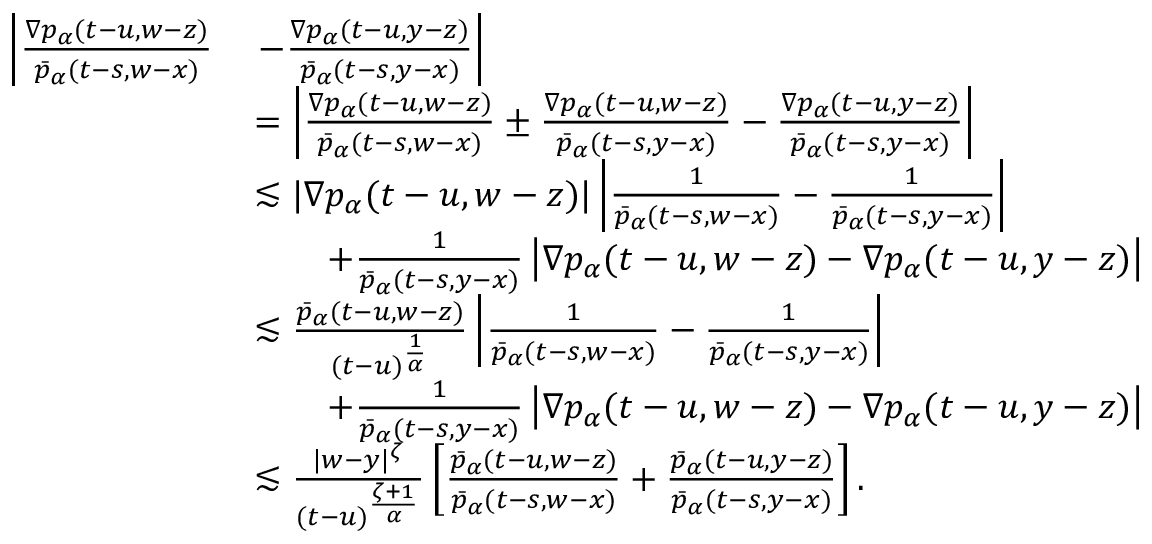
\begin{array} { r l } { \left| \frac { \nabla p _ { \alpha } ( t - u , w - z ) } { \bar { p } _ { \alpha } ( t - s , w - x ) } \right. } & { \left. - \frac { \nabla p _ { \alpha } ( t - u , y - z ) } { \bar { p } _ { \alpha } ( t - s , y - x ) } \right| } \\ & { = \left| \frac { \nabla p _ { \alpha } ( t - u , w - z ) } { \bar { p } _ { \alpha } ( t - s , w - x ) } \pm \frac { \nabla p _ { \alpha } ( t - u , w - z ) } { \bar { p } _ { \alpha } ( t - s , y - x ) } - \frac { \nabla p _ { \alpha } ( t - u , y - z ) } { \bar { p } _ { \alpha } ( t - s , y - x ) } \right| } \\ & { \lesssim | \nabla p _ { \alpha } ( t - u , w - z ) | \left| \frac { 1 } { \bar { p } _ { \alpha } ( t - s , w - x ) } - \frac { 1 } { \bar { p } _ { \alpha } ( t - s , y - x ) } \right| } \\ & { \qquad + \frac { 1 } { \bar { p } _ { \alpha } ( t - s , y - x ) } \left| \nabla p _ { \alpha } ( t - u , w - z ) - \nabla p _ { \alpha } ( t - u , y - z ) \right| } \\ & { \lesssim \frac { \bar { p } _ { \alpha } ( t - u , w - z ) } { ( t - u ) ^ { \frac { 1 } { \alpha } } } \left| \frac { 1 } { \bar { p } _ { \alpha } ( t - s , w - x ) } - \frac { 1 } { \bar { p } _ { \alpha } ( t - s , y - x ) } \right| } \\ & { \qquad + \frac { 1 } { \bar { p } _ { \alpha } ( t - s , y - x ) } \left| \nabla p _ { \alpha } ( t - u , w - z ) - \nabla p _ { \alpha } ( t - u , y - z ) \right| } \\ & { \lesssim \frac { | w - y | ^ { \zeta } } { ( t - u ) ^ { \frac { \zeta + 1 } { \alpha } } } \left[ \frac { \bar { p } _ { \alpha } ( t - u , w - z ) } { \bar { p } _ { \alpha } ( t - s , w - x ) } + \frac { \bar { p } _ { \alpha } ( t - u , y - z ) } { \bar { p } _ { \alpha } ( t - s , y - x ) } \right] . } \end{array}